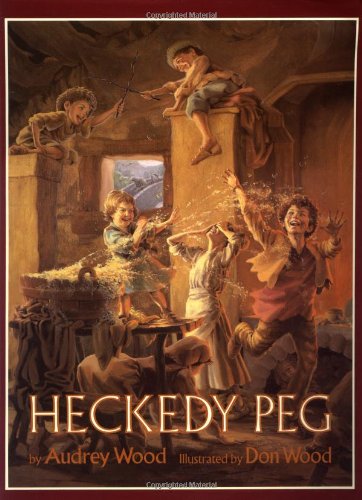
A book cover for Heckedy Peg; Audrey Wood; Children's Books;